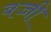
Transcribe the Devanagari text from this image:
बज्जी